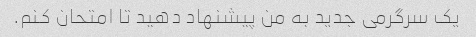
یک سرگرمی جدید به من پیشنهاد دهید تا امتحان کنم.